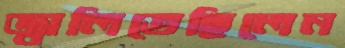
জ্বালিতেছিলেন